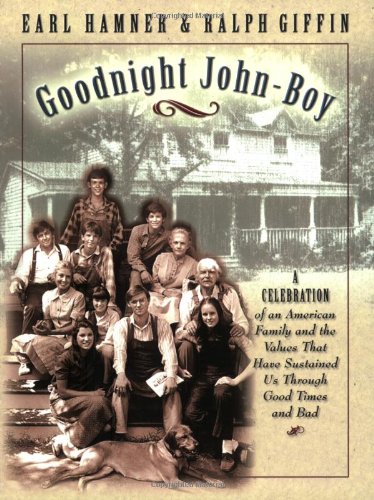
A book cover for Goodnight John-Boy; Earl Hamner; Humor & Entertainment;